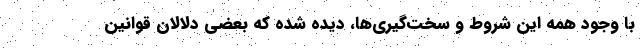
با وجود همه این شروط و سخت‌گیری‌ها، دیده شده که بعضی دلالان قوانین